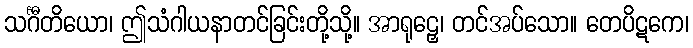
သင်္ဂီတိယော၊ ဤသံဂါယနာတင်ခြင်းတို့သို့။ အာရုဠှေ၊ တင်အပ်သော။ တေပိဋကေ၊